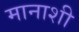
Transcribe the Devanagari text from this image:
मानाशी